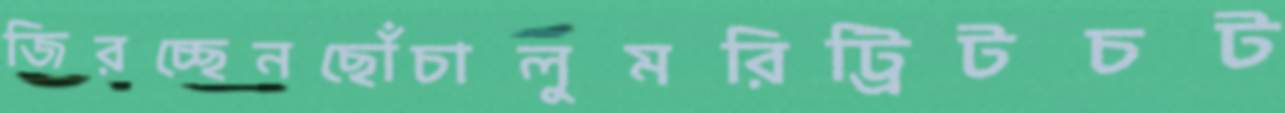
জিরচ্ছেনছোঁচালুমরিট্রিটচট